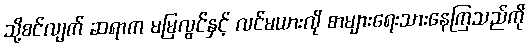
သို့စင်လျက် ဆရာက မမြလွင်နှင့် လင်မယားလို စာများရေးသားနေကြသည်ကို